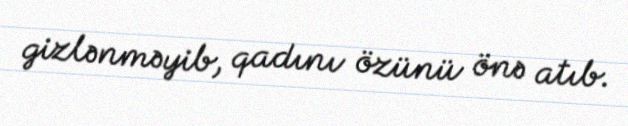
gizlənməyib, qadını özünü önə atıb.